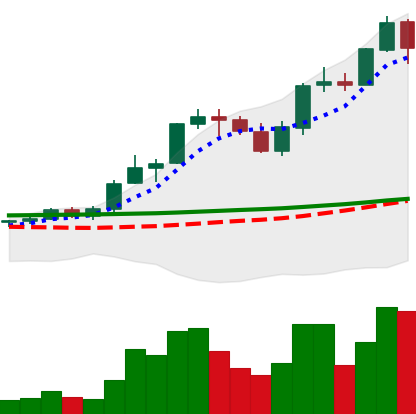
Ticker: ADA-USD
Chart end date: 2021-08-24
Forward return: 4.957%
Label: up_3_5